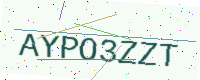
Text: AYPO3ZZT